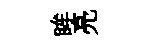
眸亮